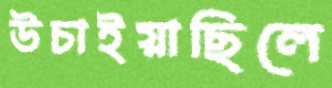
উচাইয়াছিলে